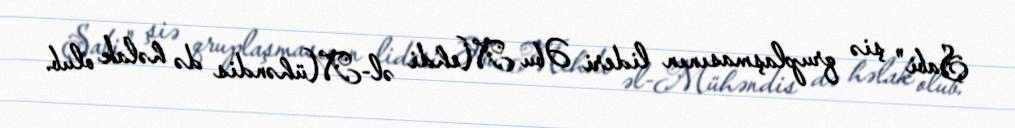
Şabi" şiə qruplaşmasının lideri Əbu Mehdi əl-Mühəndis də həlak olub.